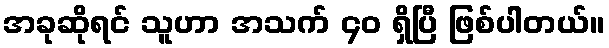
အခုဆိုရင် သူဟာ အသက် ၄၀ ရှိပြီ ဖြစ်ပါတယ်။